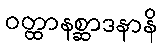
ဝတ္ထာနစ္ဆာဒနာနိ